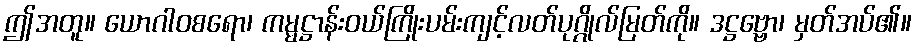
ဤအတူ။ ယောဂါဝစရော၊ ကမ္မဋ္ဌာန်းဝယ်ကြိုးပမ်းကျင့်လတ်ပုဂ္ဂိုလ်မြတ်ကို။ ဒဋ္ဌဗ္ဗော၊ မှတ်အပ်၏။